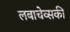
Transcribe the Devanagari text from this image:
लबाचेव्सकी